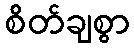
စိတ်ချစွာ